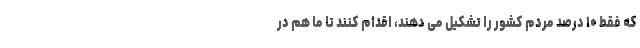
که فقط ۱۰ درصد مردم کشور را تشکیل می دهند، اقدام کنند تا ما هم در